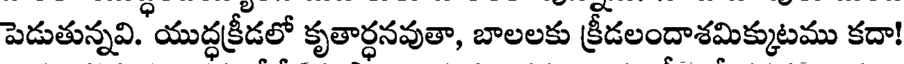
పెడుతున్నవి. యుద్ధక్రీడలో కృతార్ధనవుతా, బాలలకు క్రీడలందాశమిక్కుటము కదా!